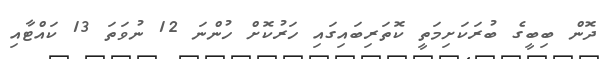
ދޮން ބިބީގެ ބުރަކަށިމަތީ ކޮތަރިބައިގައި ހަރުކޮށް ހުންނަ 12 ނުވަތަ 13 ކައްޓާއި